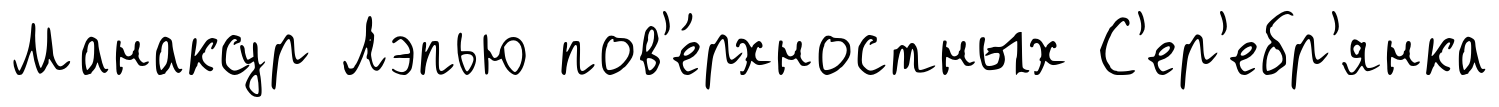
Манаксур Лэпью пов'е́рхностных С'ер'ебр'янка